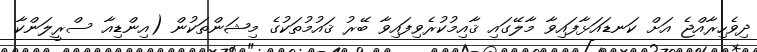
ދިވެހިރާއްޖެ އަށް ކަނޑައަޅާފައިވާ މާލޭގައި ޤާއިމުކުރެވިފައިވާ ބޭރު ޤައުމުތަކުގެ މިޝަންތަކުން (އިންޑިއާ ސްރީލަންކާ